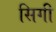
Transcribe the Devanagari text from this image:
सिगी